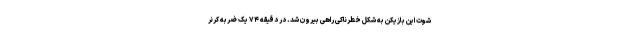
شوت این بازیکن به شکل خطرناکی راهی بیرون شد. در دقیقه ۷۴ یک ضربه کرنر